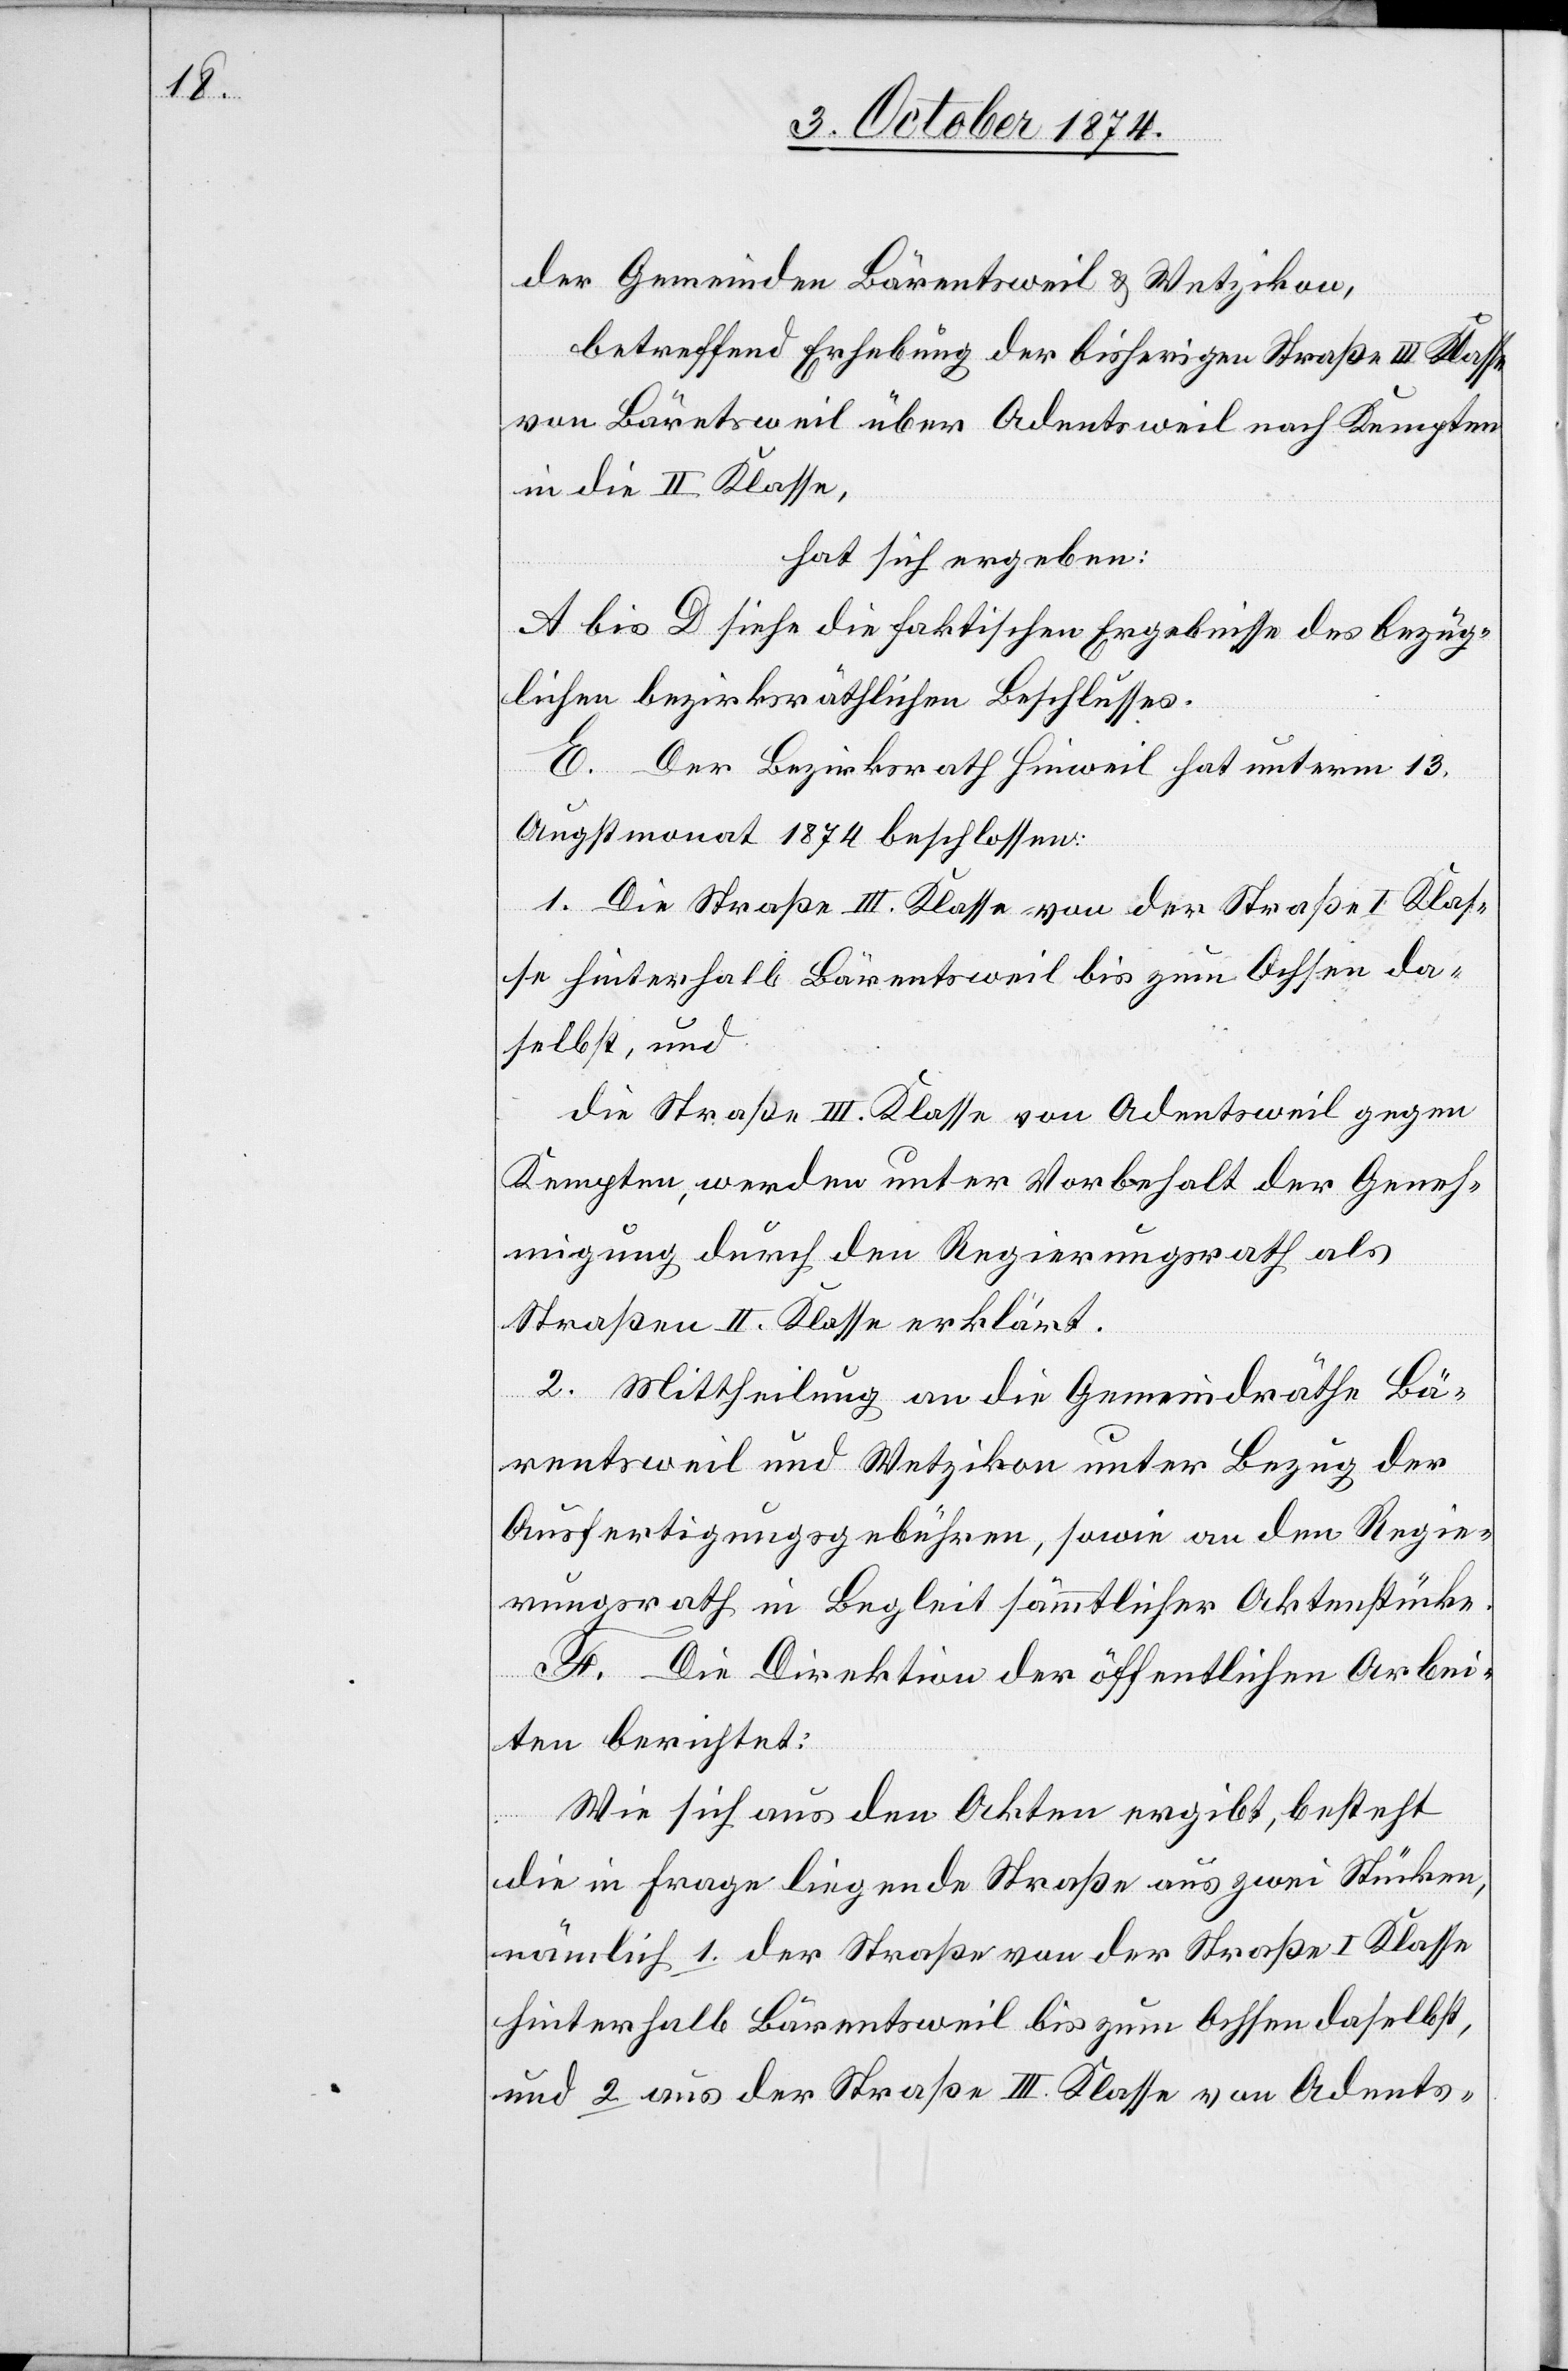
der Gemeinden Bärentsweil [sic!] & Wetzikon,
betreffend Erhebung der bisherigen Straße III. Klasse
von Bäretsweil über Adentsweil nach Kempten
in die II Klasse,
hat sich ergeben:
A bis D siehe die faktischen Ergebnisse des bezüg¬
lichen bezirksräthlichen Beschlusses.
E. Der Bezirksrath Hinweil hat unterm 13.
Augstmonat 1874 beschlossen:
1. Die Straße III. Klasse von der Straße I Kas¬
se hinterhalb Bärentsweil bis zum Ochsen da¬
selbst, und
die Straße III. Klasse von Adentsweil gegen
Kempten, werde unter Vorbehalt der Geneh¬
migung durch den Regierungsrath als
Straßen II. Klasse erklärt.
2. Mittheilung an die Gemeindräthe Bä¬
rentsweil und Wetzikon unter Bezug der
Ausfertigungsgebühren, sowie an den Regie¬
rungsrath in Begleit sämmtlicher Aktenstücke.
F. Die Direktion der öffentlichen Arbei¬
ten berichtet:
Wie sich aus den Akten ergibt, besteht
die in Frage liegende Straße aus zwei Stücken,
nämlich 1. der Straße von der Straße I Klasse
hinterhalb Bärentsweil bis zum Ochsen daselbst,
und 2 aus der Straße III. Klasse von Adents-